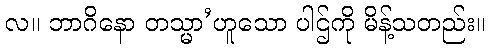
လ။ ဘာဂိနော တသ္မာ’ဟူသော ပါဌ်ကို မိန့်သတည်း။